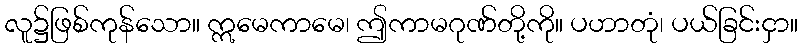
လူ၌ဖြစ်ကုန်သော။ ဣမေကာမေ၊ ဤကာမဂုဏ်တို့ကို။ ပဟာတုံ၊ ပယ်ခြင်းငှာ။